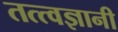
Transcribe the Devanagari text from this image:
तत्त्‍वज्ञानी